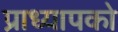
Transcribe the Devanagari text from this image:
प्राध्यापको